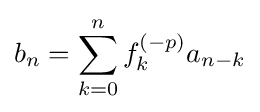
b_{n}=\sum _{k=0}^{n}f_{k}^{(-p)}a_{n-k}